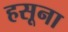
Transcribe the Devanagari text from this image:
हसूना